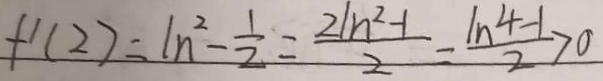
f ^ { \prime } ( 2 ) = \ln ^ { 2 } - \frac { 1 } { 2 } = \frac { 2 1 n ^ { 2 } - 1 } { 2 } = \frac { 1 n ^ { 4 } - 1 } { 2 } > 0